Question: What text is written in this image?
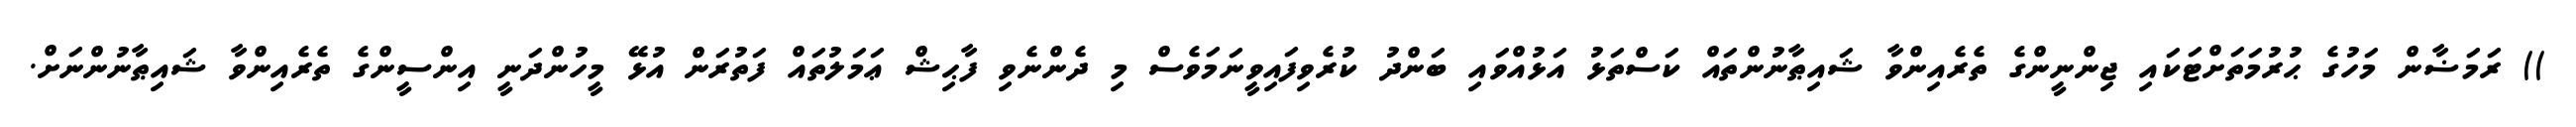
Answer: )) ރަމަޟާން މަހުގެ ޙުރުމަތަށްޓަކައި ޖިންނީންގެ ތެރެއިންވާ ޝައިޠާނުންތައް ކަސްތަޅު އަޅުއްވައި ބަންދު ކުރެވިފައިވީނަމަވެސް މި ދެންނެވި ފާޙިޝް ޢަމަލުތައް ފަތުރަން އުޅޭ މީހުންދަނީ އިންސީންގެ ތެރެއިންވާ ޝައިޠާނުންނަށް.